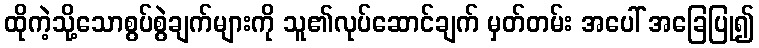
ထိုကဲ့သို့သောစွပ်စွဲချက်များကို သူ၏လုပ်ဆောင်ချက် မှတ်တမ်း အပေါ် အခြေပြု၍